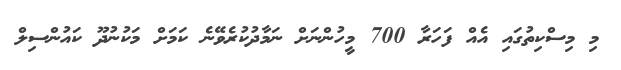
މި މިސްކިތުގައި އެއް ފަހަރާ 700 މީހުންނަށް ނަމާދުކުރެވޭނެ ކަމަށް މަކުނުދޫ ކައުންސިލް